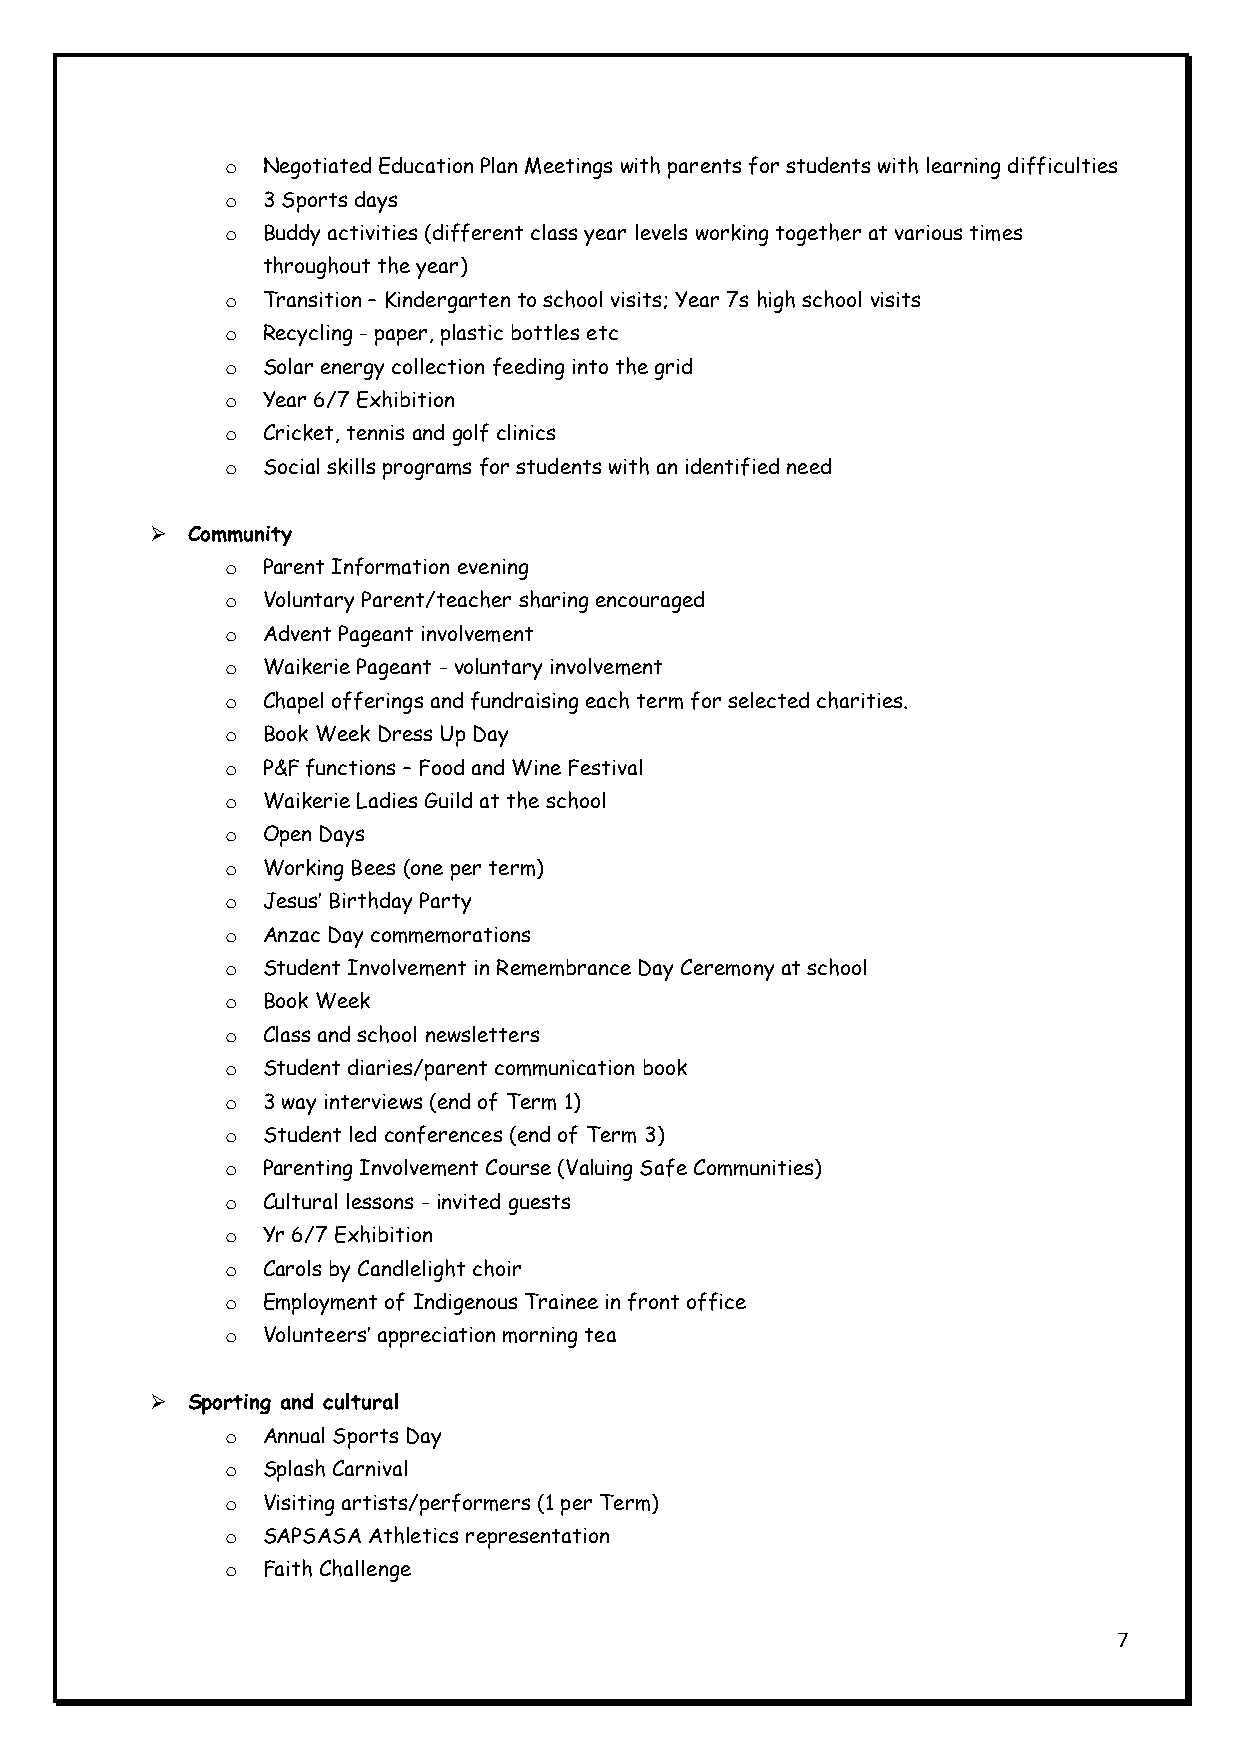
o Negotiated Education Plan Meetings with parents for students with learning difficulties
 o 3 Sports days
 o Buddy activities (different class year levels working together at various times
 throughout the year)
 o Transition – Kindergarten to school visits; Year 7s high school visits
 o Recycling - paper, plastic bottles etc
 o Solar energy collection feeding into the grid
 o Year 6/7 Exhibition
 o Cricket, tennis and golf clinics
 o Social skills programs for students with an identified need
  Community
 o Parent Information evening
 o Voluntary Parent/teacher sharing encouraged
 o Advent Pageant involvement
 o Waikerie Pageant - voluntary involvement
 o Chapel offerings and fundraising each term for selected charities.
 o Book Week Dress Up Day
 o P&F functions – Food and Wine Festival
 o Waikerie Ladies Guild at the school
 o Open Days
 o Working Bees (one per term)
 o Jesus’ Birthday Party
 o Anzac Day commemorations
 o Student Involvement in Remembrance Day Ceremony at school
 o Book Week
 o Class and school newsletters
 o Student diaries/parent communication book
 o 3 way interviews (end of Term 1)
 o Student led conferences (end of Term 3)
 o Parenting Involvement Course (Valuing Safe Communities)
 o Cultural lessons - invited guests
 o Yr 6/7 Exhibition
 o Carols by Candlelight choir
 o Employment of Indigenous Trainee in front office
 o Volunteers’ appreciation morning tea
  Sporting and cultural
 o Annual Sports Day
 o Splash Carnival
 o Visiting artists/performers (1 per Term)
 o SAPSASA Athletics representation
 o Faith Challenge
 7